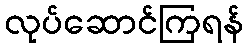
လုပ်ဆောင်ကြရန်